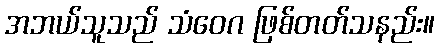
အဘယ်သူသည် သံဝေဂ ဖြစ်တတ်သနည်း။